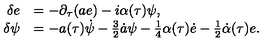
\begin{array} { r l } { \delta e } & { = - \partial _ { \tau } ( a e ) - { i } \alpha ( \tau ) \psi , } \\ { \delta \psi } & { = - a ( \tau ) \dot { \psi } - { \frac { 3 } { 2 } } \dot { a } \psi - { \frac { 1 } { 4 } } \alpha ( \tau ) \dot { e } - { \frac { 1 } { 2 } } \dot { \alpha } ( \tau ) e . } \\ \end{array}